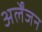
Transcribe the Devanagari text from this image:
अर्लेंजन